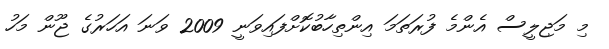
މި މަޖިލީސް އެންމެ ފުރަތަމަ އިންތިހާބުކޮށްފައިވަނީ 2009 ވަނަ އަހަރުގެ ޖޫން މަހު